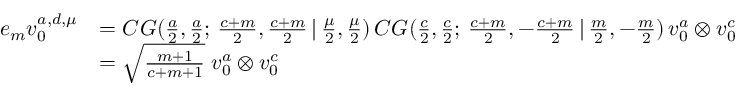
\begin{array} { r l } { e _ { m } v _ { 0 } ^ { a , d , \mu } } & { = C G ( \frac { a } { 2 } , \frac { a } { 2 } ; \, \frac { c + m } { 2 } , \frac { c + m } { 2 } \, | \, \frac { \mu } { 2 } , \frac { \mu } { 2 } ) \, C G ( \frac { c } { 2 } , \frac { c } { 2 } ; \, \frac { c + m } { 2 } , - \frac { c + m } { 2 } \, | \, \frac { m } { 2 } , - \frac { m } { 2 } ) \, v _ { 0 } ^ { a } \otimes v _ { 0 } ^ { c } } \\ & { = \sqrt { \frac { m + 1 } { c + m + 1 } } \; v _ { 0 } ^ { a } \otimes v _ { 0 } ^ { c } } \end{array}